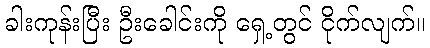
ခါးကုန်းပြီး ဦးခေါင်းကို ရှေ့တွင် ငိုက်လျက်။